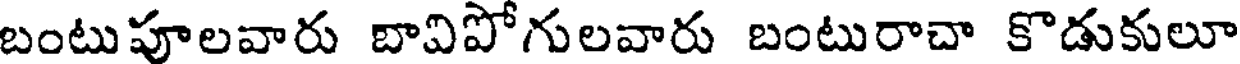
బంటుపూలవారు బావిపోగులవారు బంటురాచా కొడుకులూ